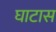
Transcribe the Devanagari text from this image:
घाटास